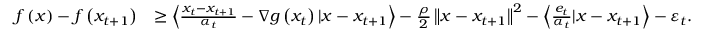
\begin{array} { r l } { f \left( x \right) - f \left( x _ { t + 1 } \right) } & { \geq \left\langle \frac { x _ { t } - x _ { t + 1 } } { \alpha _ { t } } - \nabla g \left( x _ { t } \right) | x - x _ { t + 1 } \right\rangle - \frac { \rho } { 2 } \left\Vert x - x _ { t + 1 } \right\Vert ^ { 2 } - \left\langle \frac { e _ { t } } { \alpha _ { t } } | x - x _ { t + 1 } \right\rangle - \varepsilon _ { t } . } \end{array}